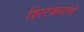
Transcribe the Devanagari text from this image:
शिरक्यांचे